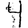
Digit: 4